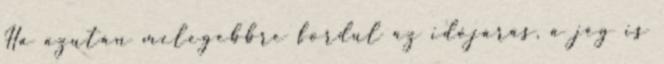
Ha azután melegebbre fordul az időjárás, a jég is